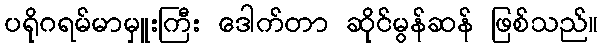
ပရိုဂရမ်မာမှူးကြီး ဒေါက်တာ ဆိုင်မွန်ဆန် ဖြစ်သည်။